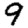
Digit: 9